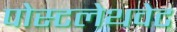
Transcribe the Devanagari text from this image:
पोस्टलेथवेट